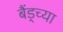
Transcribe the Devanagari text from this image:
बैंड्च्या